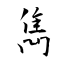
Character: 雋